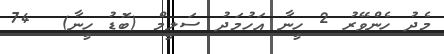
މެދު ހެންވޭރު 2 ހީނާ އަހުމަދު ސަލީމް (ބޮޑު ހީނާ)  74